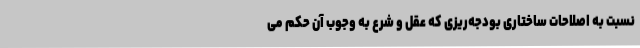
نسبت به اصلاحات ساختاری بودجه‌ریزی که عقل و شرع به وجوب آن حکم می